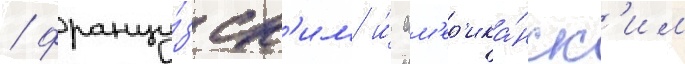
/ францу́зск'им и́ ам'ер'ика́нск'им